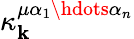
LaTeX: \kappa_{\mathbf{k}}^{\mu\alpha_{1}\hdots\alpha_{n}}